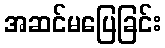
အဆင်မပြေခြင်း